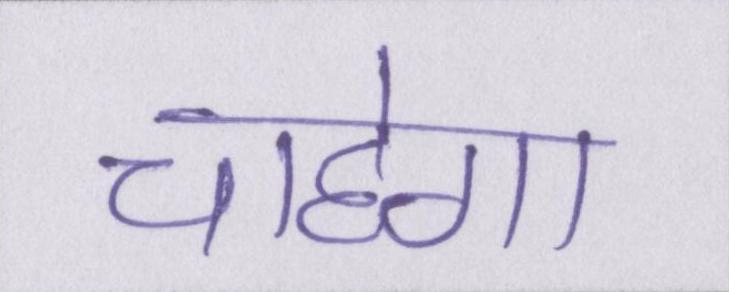
चाहेगा